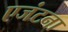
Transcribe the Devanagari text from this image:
एजंटना